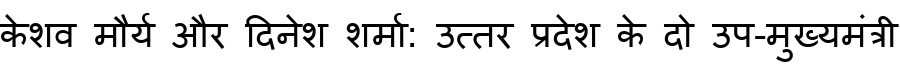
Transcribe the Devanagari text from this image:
केशव मौर्य और दिनेश शर्मा: उत्तर प्रदेश के दो उप-मुख्यमंत्री